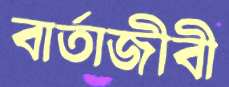
বার্তাজীবী